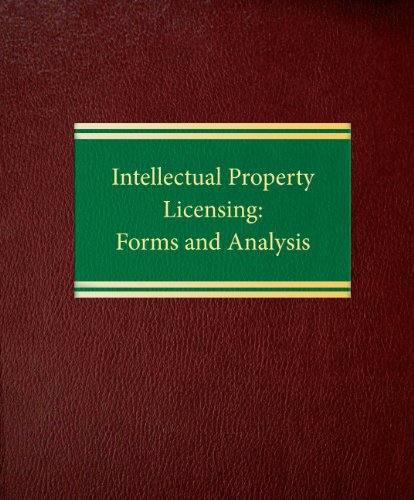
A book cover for Intellectual Property Licensing: Forms and Analysis (Commercial Law  ntellectual Property Series); Richard Raysman; Computers & Technology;